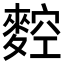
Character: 𪍂